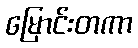
မြောင်းတကာ